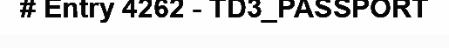
# Entry 4262 - TD3_PASSPORT